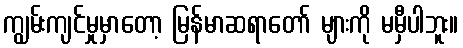
ကျွမ်းကျင်မှုမှာတော့ မြန်မာဆရာတော် များကို မမှီပါဘူး။